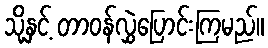
သို့နှင့် တာဝန်လွှဲပြောင်းကြမည်။